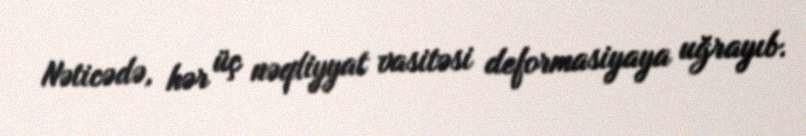
Nəticədə, hər üç nəqliyyat vasitəsi deformasiyaya uğrayıb.